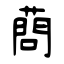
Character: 蔄